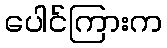
ပေါင်ကြားက